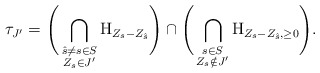
\begin{align*}\tau_{J'} = \Bigg( \bigcap_{\substack{\hat{s} \neq s \in S \\ Z_s \in J'}} \mathrm{H}_{Z_s - Z_{\hat{s}}} \Bigg) \cap \Bigg( \bigcap_{\substack{s \in S \\ Z_s \notin J'}} \mathrm{H}_{Z_s - Z_{\hat{s}}, \ge 0} \Bigg).\end{align*}